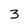
Character: 3